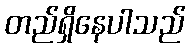
တည်ရှိနေပါသည်